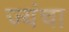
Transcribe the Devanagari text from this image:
ज्यंचा